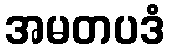
အမတပဒံ